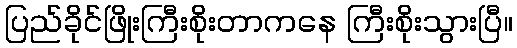
ပြည်ခိုင်ဖြိုးကြီးစိုးတာကနေ ကြီးစိုးသွားပြီ။